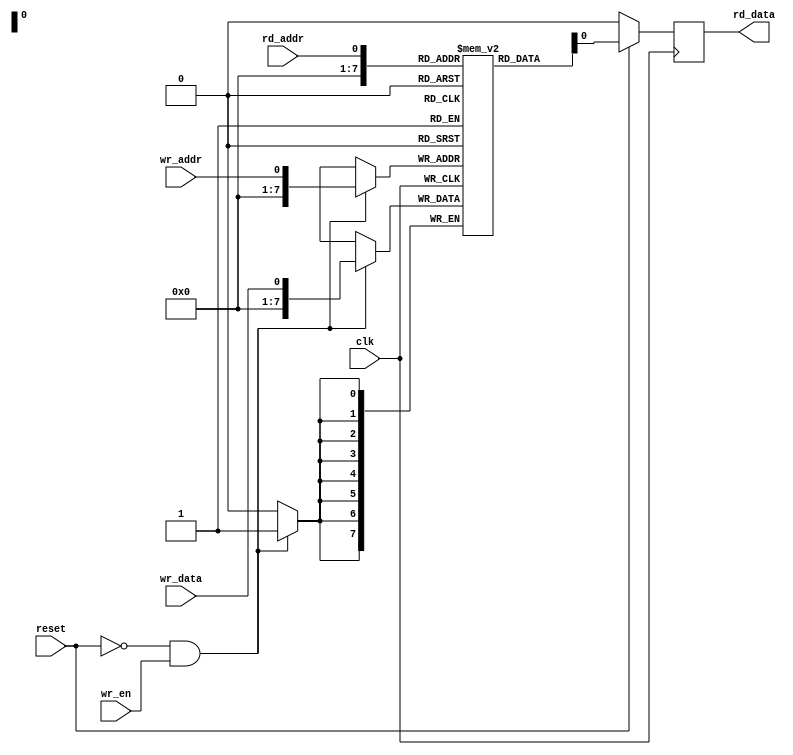
module dual_port_ram (
    input wire clk,
    input wire reset,
    // Read port
    input wire rd_addr,
    output reg rd_data,
    // Write port
    input wire wr_en,
    input wire wr_addr,
    input wire wr_data
);

reg [7:0] memory [0:255]; // 256x8 dual-port RAM

// Asynchronous read operation
always @ (posedge clk) begin
    if (!reset) begin
        rd_data <= 8'd0;
    end else begin
        rd_data <= memory[rd_addr];
    end
end

// Asynchronous write operation
always @ (posedge clk) begin
    if (!reset && wr_en) begin
        memory[wr_addr] <= wr_data;
    end
end

endmodule